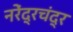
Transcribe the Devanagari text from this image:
नरेंद्रचंद्र